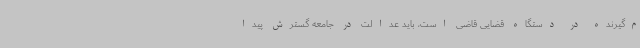
م‌گیرنده در دستگاه قضایی قاضی است، باید عدالت در جامعه گسترش پیدا